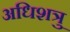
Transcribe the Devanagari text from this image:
अधिशत्रु